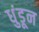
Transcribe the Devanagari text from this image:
धुंडून